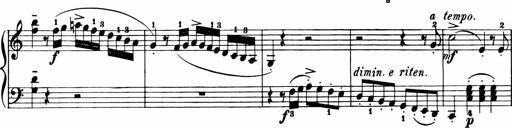
Title: 11 Sonatinas for Piano Solo
Composer: Anton Diabelli